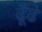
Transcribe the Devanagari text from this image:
ढूँढे